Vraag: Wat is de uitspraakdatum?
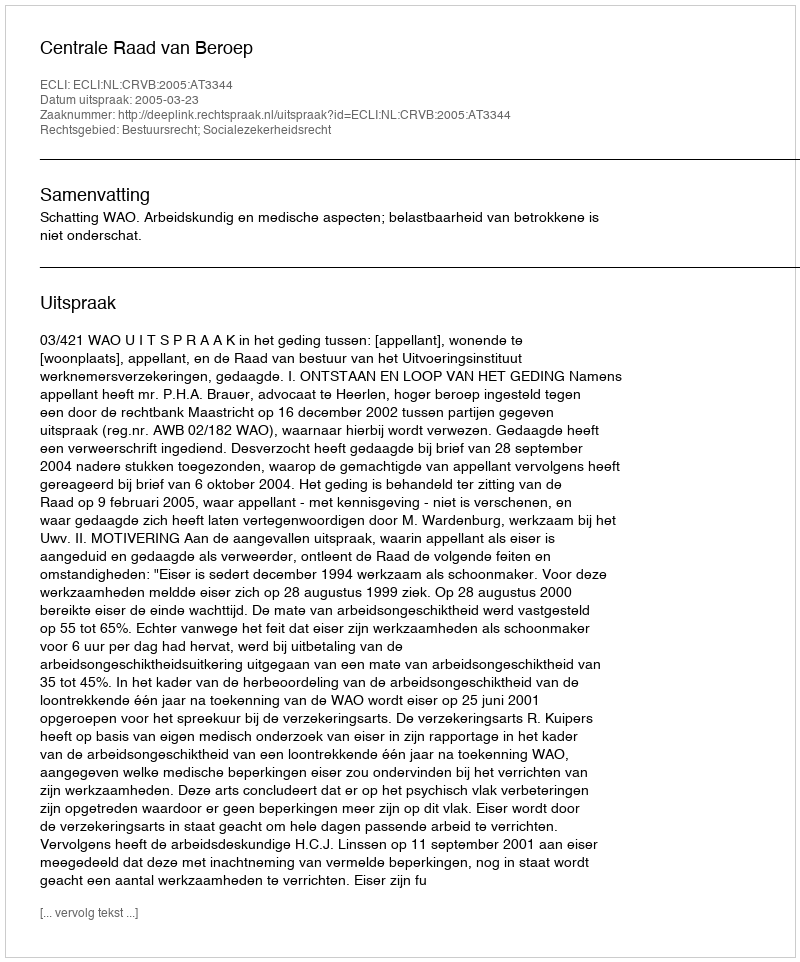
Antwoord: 2005-03-23